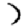
Digit: 7